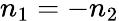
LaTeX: n_{1}=-n_{2}